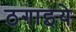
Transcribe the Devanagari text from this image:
ठगाइये